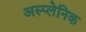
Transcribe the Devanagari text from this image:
अस्प्लेनिक